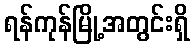
ရန်ကုန်မြို့အတွင်းရှိ